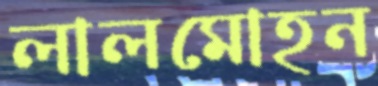
লালমোহন